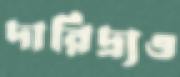
দারিদ্র্যও